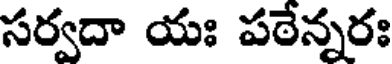
సర్వదా యః పఠేన్నరః